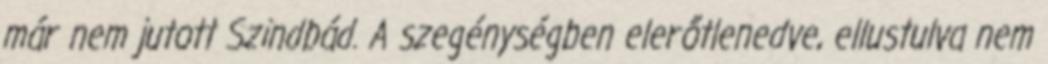
már nem jutott Szindbád. A szegénységben elerőtlenedve, ellustulva nem